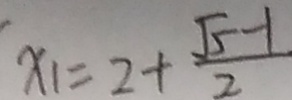
x _ { 1 } = 2 + \frac { \sqrt { 5 } - 1 } { 2 }